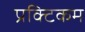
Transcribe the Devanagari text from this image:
प्रक्टिकम